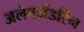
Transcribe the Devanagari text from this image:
अलेक्ज़ेंडरिन